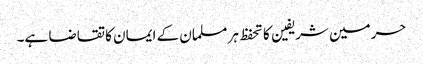
حرمین شریفین کا تحفظ ہر مسلمان کے ایمان کا تقاضا ہے۔